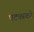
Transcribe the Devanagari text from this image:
घटकाकडे